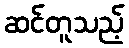
ဆင်တူသည့်